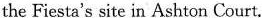
the Fiesta's site in Ashton Court.